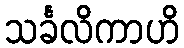
သင်္ခလိကာဟိ